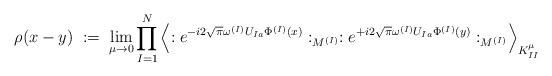
LaTeX: \begin{align*}\rho(x-y) \; := \;\lim_{\mu \rightarrow 0}\prod_{I=1}^N\left\langle:e^{-i2 \sqrt{\pi} \omega^{(I)} U_{Ia} \Phi^{(I)}(x)}:_{M^{(I)}}:e^{+i2 \sqrt{\pi} \omega^{(I)} U_{Ia} \Phi^{(I)}(y)}:_{M^{(I)}}\right\rangle_{K^\mu_{II}}\end{align*}